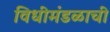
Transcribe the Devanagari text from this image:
विधीमंडळाची